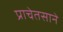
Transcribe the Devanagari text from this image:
प्राचेतसाने